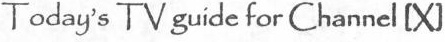
Todag's TV guide for Channel [X]